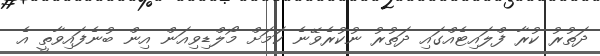
ދަތުރު ކުރާ ފްލައިޓެއްގައި ދަތުރު ނުކުރެވޭނެ ކަމަށް މޯލްޑިވިއަން އިން ބުނެފައިވާތީ އެ